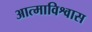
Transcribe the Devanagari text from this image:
आत्माविश्वास